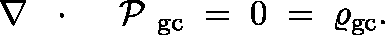
\nabla \, \mathrm { ~ \boldmath ~ \cdot ~ } \, \mathrm { ~ \boldmath ~ \cal ~ P ~ } _ { \mathrm { g c } } \; = \; 0 \; = \; \varrho _ { \mathrm { g c } } .